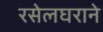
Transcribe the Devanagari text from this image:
रसेलघराने